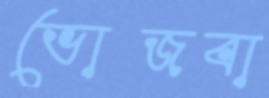
ভোজবা